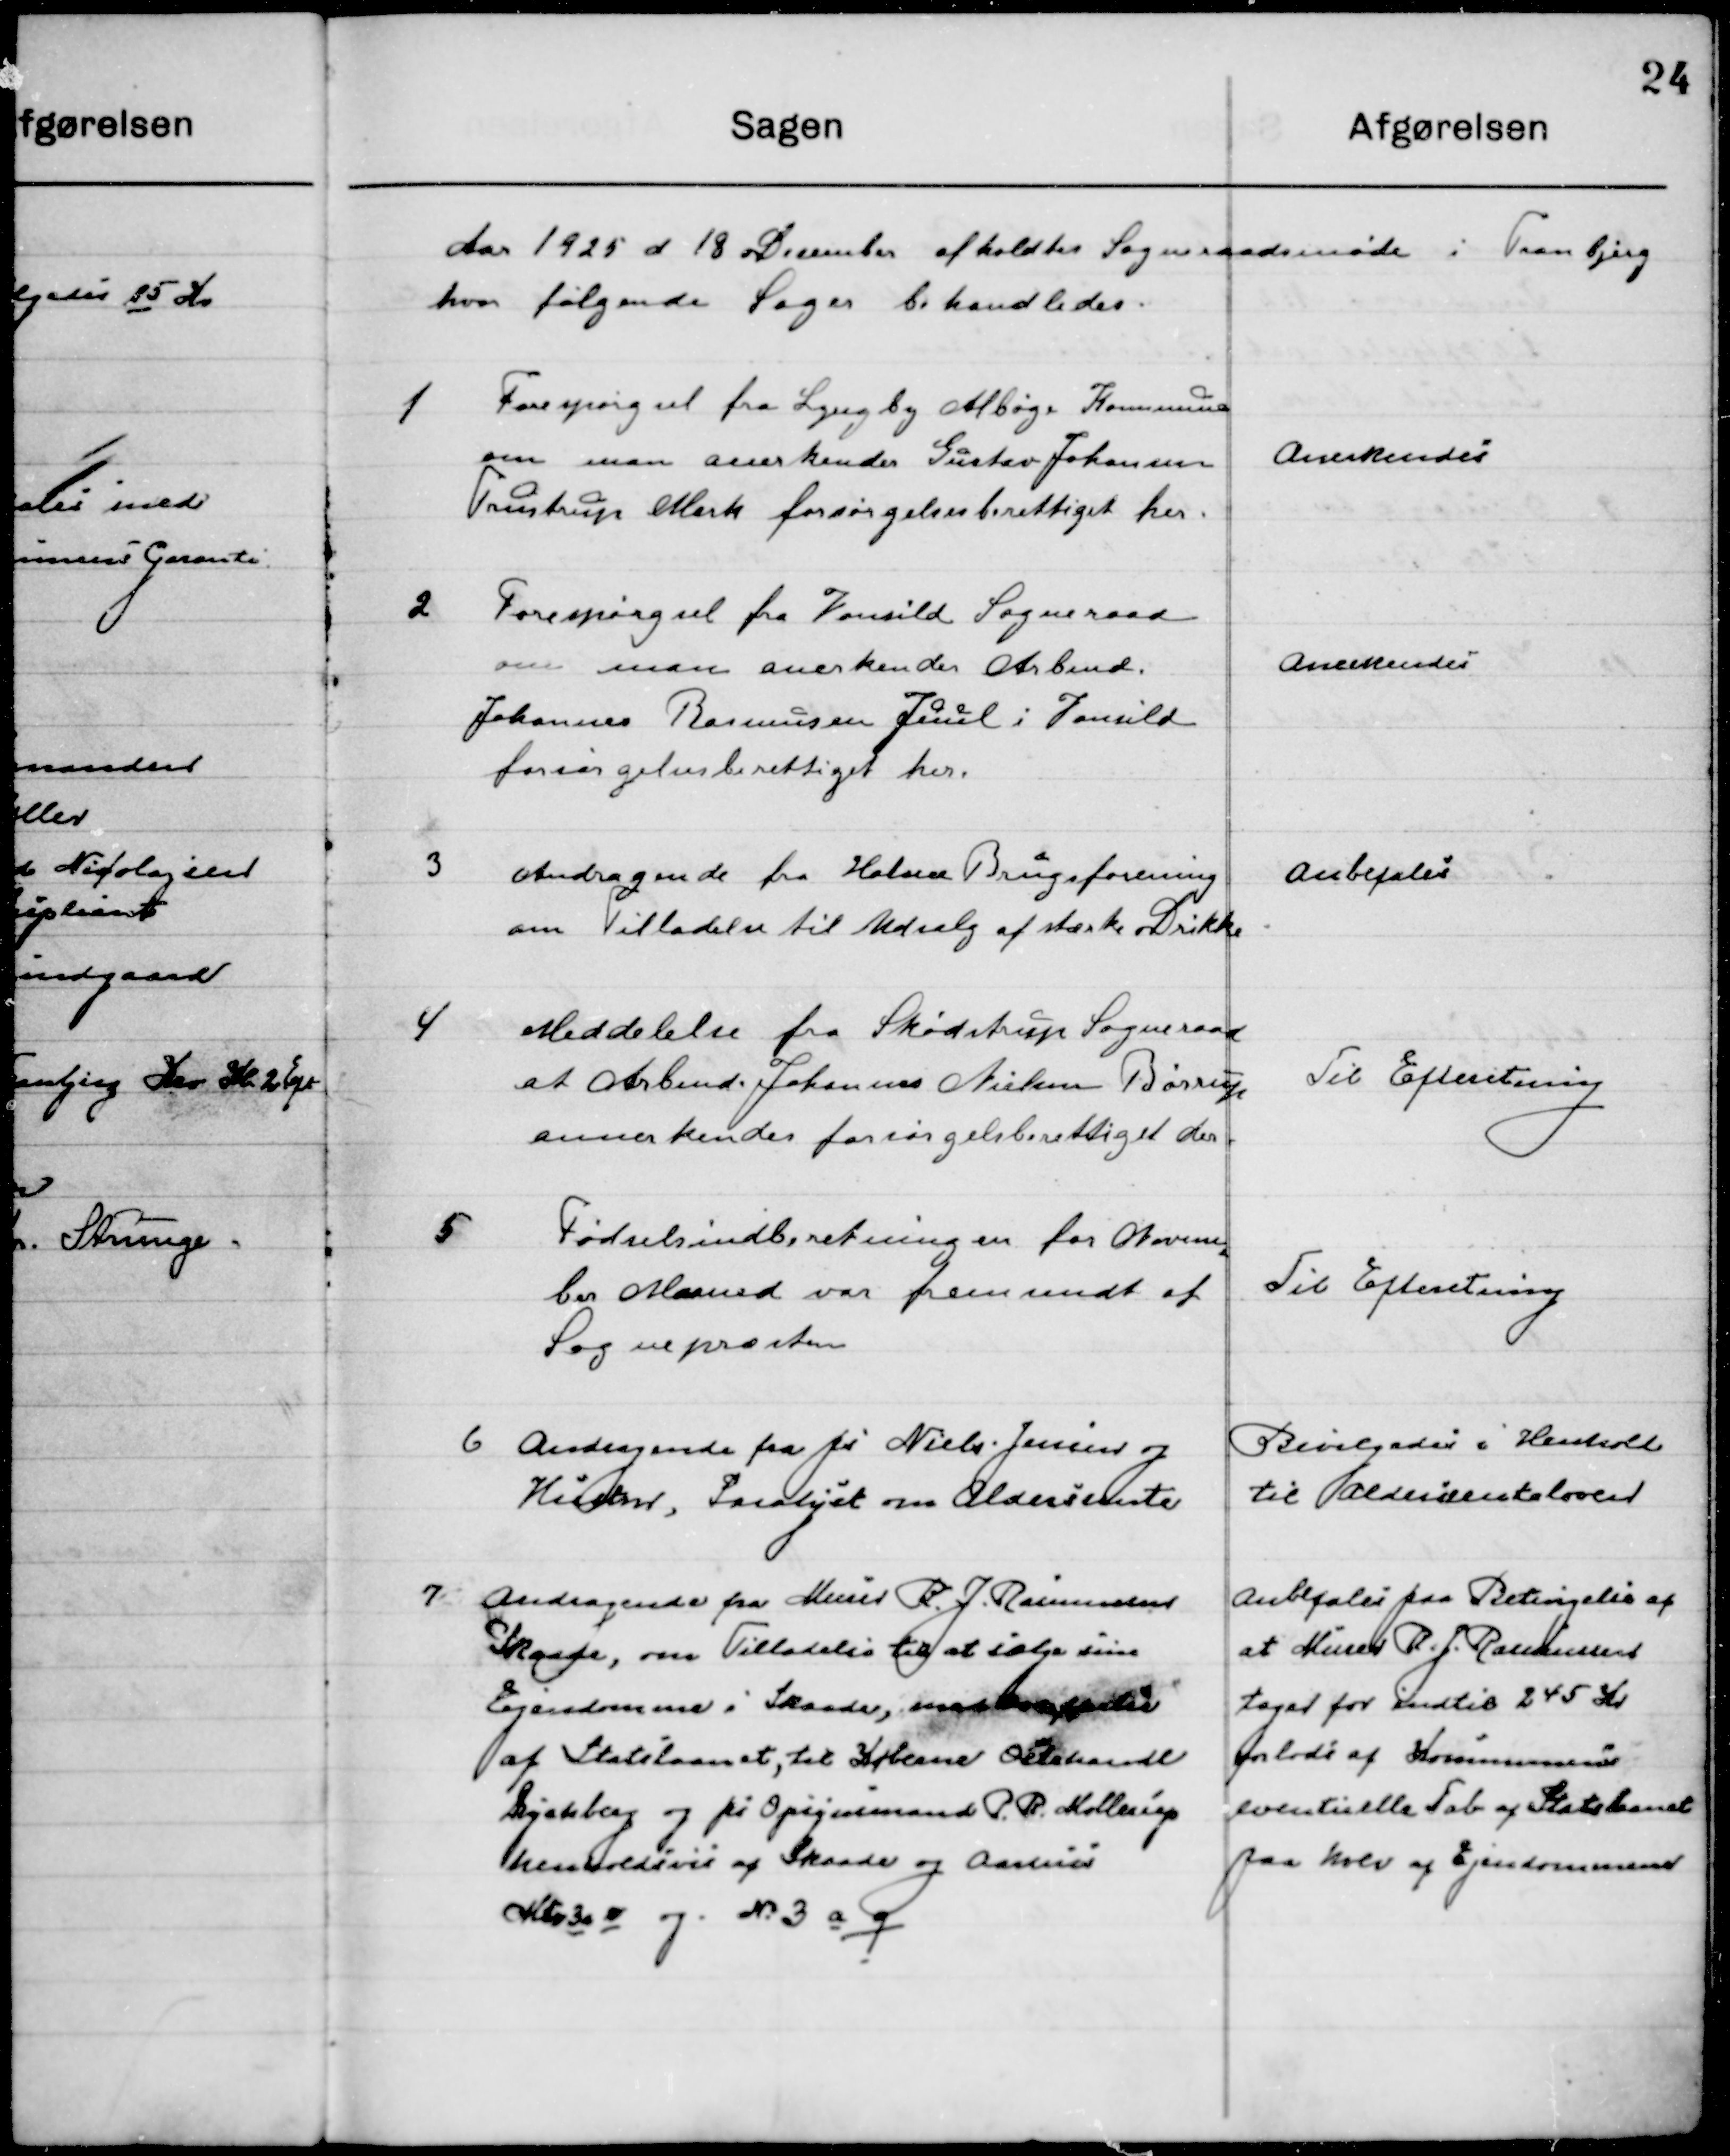
Transskription:
Aaret 1925 d. 18 December afholdtes Sogneraadsmøde i Tranbjerg 
hvor følgende Sager behandledes.

1

Forespørgsel fra Lyngby Albøge Kommune
om man anerkender Gustav Johansen
Trustrup Mark forsørgelsesberettiget her.

Anerkendes

2

Forespørgsel fra Vonsild Sogneraad
om man anerkender Arbmd.
Johannes Rasmussen juul i Vonsild
forsørgelsesberettiget her.

Anerkendes

3

Andragende fra holme Brugsforening
om Tilladelse til Udsalg af stærke Drikke

Anbefales

4

Meddelelse fra Skødstrup Sogneraad 
at Arbmd. Joannes Nielsen Børup
Anerkender forsørgelsesberettiget her.

Til Efterretning

5

Fødselsindberetning for Novem-
ber Maaned var fremsendt af
Sognepræsten.

Til Efterretning

6

Andragende fra Gdr Niels Jensen og
Hustru, Saralyst om Aldersrente.

Bevilgedes i Henhold 
Til Aldersrenteloven

7

Andragende fra Murer R. J. Rasmussen
Skaade, om Tilladelse til at sælge sin
Ejendomme i Skaade, med  
af Statslaanet, til Høker Ostehandl.
Sjakberg og på Opsynsmand P. R. Mollerup
henholdsvis af Skaade og Aarhus
Matr 30 ø og No. 3 a q

Anbefales paa Betingelse af
at Murer R. j. Rasmussen
tager for indtil 245 Kr. 
forlods af Kommunens 
eventuelle Tab af Statslaanet
paa halv af Ejendommene